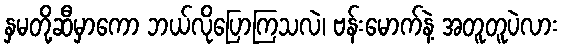
နှမတို့ဆီမှာကော ဘယ်လိုပြောကြသလဲ၊ ဗန်းမောက်နဲ့ အတူတူပဲလား